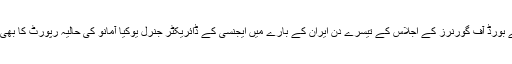
آئی اے ای اے کے بورڈ آف گورنرز کے اجلاس کے تیسرے دن ایران کے بارے میں ایجنسی کے ڈائریکٹر جنرل یوکیا آمانو کی حالیہ رپورٹ کا بھی جائزہ لیا جائےگا۔